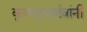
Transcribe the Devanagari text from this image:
कृष्णदयार्णवांनी